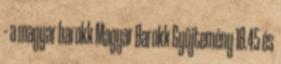
– a magyar barokk Magyar Barokk Gyűjtemény 18.45 és